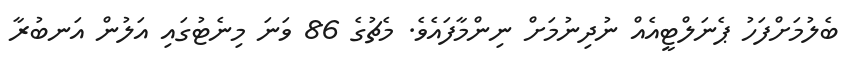
ބެލުމަށްފަހު ޕެނަލްޓީއެއް ނުދިނުމަށް ނިންމާފައެވެ. މެޗުގެ 86 ވަނަ މިނެޓުގައި އަލުން އަނބުރާ